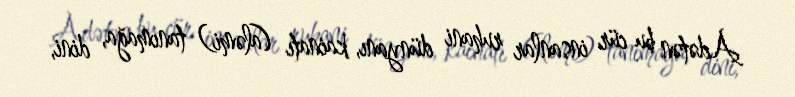
Adətən bu cür insanlar ruhani dünyanı, kainatı (aləmi) tanımağa, dini,